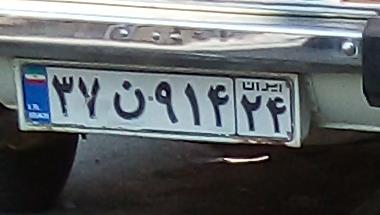
۳۷ن۹۱۴۲۴